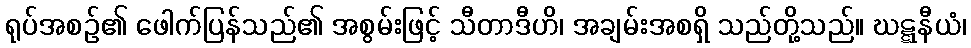
ရုပ်အစဉ်၏ ဖေါက်ပြန်သည်၏ အစွမ်းဖြင့် သီတာဒီဟိ၊ အချမ်းအစရှိ သည်တို့သည်။ ဃဋ္ဋနီယံ၊